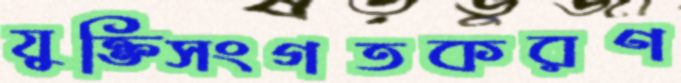
যুক্তিসংগতকরণ